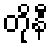
တိုနီ